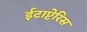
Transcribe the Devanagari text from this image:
ईटाप्टेरिस